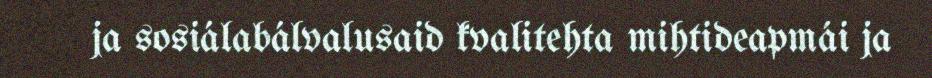
ja sosiálabálvalusaid kvalitehta mihtideapmái ja